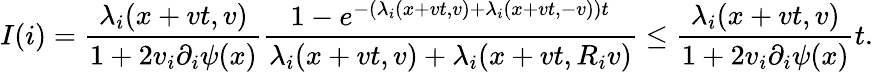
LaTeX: I(i)=\frac{\lambda_{i}(x+vt,v)}{1+2v_{i}\partial_{i}\psi(x)}\frac{1-e^{-(\lambda_{i}(x+vt,v)+\lambda_{i}(x+vt,-v))t}}{\lambda_{i}(x+vt,v)+\lambda_{i}(x+vt,R_{i}v)}\leq\frac{\lambda_{i}(x+vt,v)}{1+2v_{i}\partial_{i}\psi(x)}t.